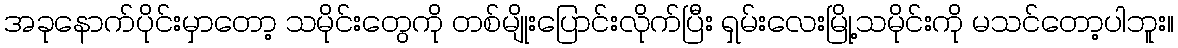
အခုနောက်ပိုင်းမှာတော့ သမိုင်းတွေကို တစ်မျိုးပြောင်းလိုက်ပြီး ရှမ်းလေးမြို့သမိုင်းကို မသင်တော့ပါဘူး။